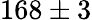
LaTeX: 168\pm 3